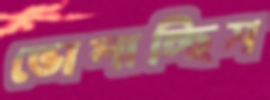
ভোলাচ্ছিস